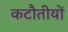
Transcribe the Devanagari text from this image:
कटौतीयों